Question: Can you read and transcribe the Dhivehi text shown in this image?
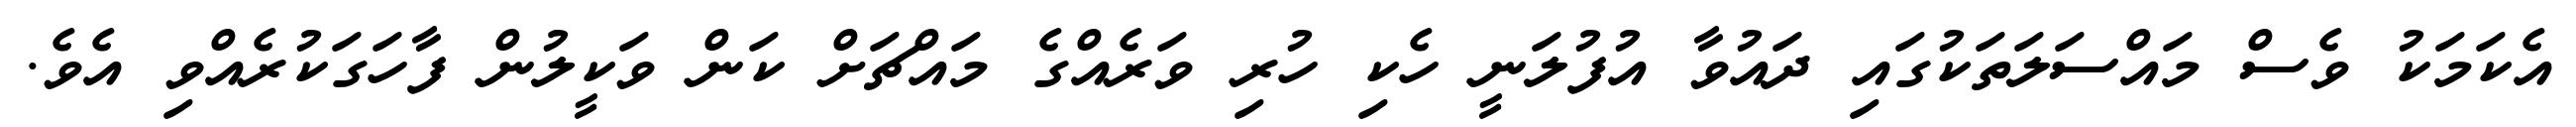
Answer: އެކަމަކު ވެސް މައްސަލަތަކުގައި ދައުވާ އުފުލަނީ ހެކި ހުރި ވަރެއްގެ މައްޗަށް ކަން ވަކީލުން ފާހަގަކުރެއްވި އެވެ.